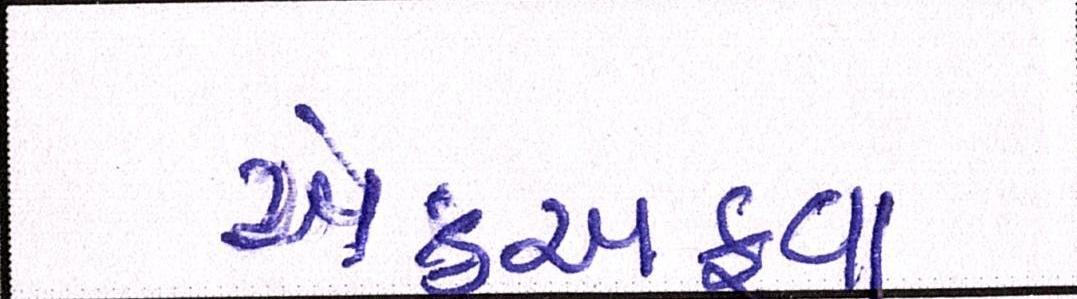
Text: એકઅફવા